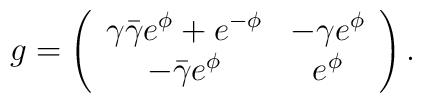
g=\left( \begin{array}{ccc}   \gamma \bar{\gamma} e^{\phi}+e^{-\phi} & -\gamma  e^{\phi}\\   -\bar{\gamma}  e^{\phi} & e^{\phi}\end{array} \right).